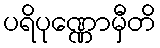
ပရိပုဏ္ဏောမှီတိ